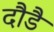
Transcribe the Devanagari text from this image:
दौडै